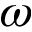
\omega